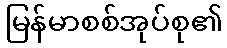
မြန်မာစစ်အုပ်စု၏